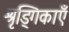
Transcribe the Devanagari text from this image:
श्रृड्गिकाएँ